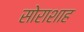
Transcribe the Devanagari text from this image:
सोराशाह